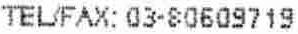
TEL/FAX: 03-80609719